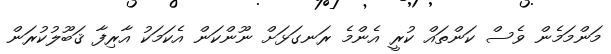
މަންމަމެން ވެސް ކަންތައް ކުރީ އެންމެ ރަނގަޅަށް ނޫންކަން އެކަމަކު އާރިފާ ޤަބޫލުކުރަން